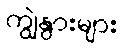
ကျွဲနွားများ